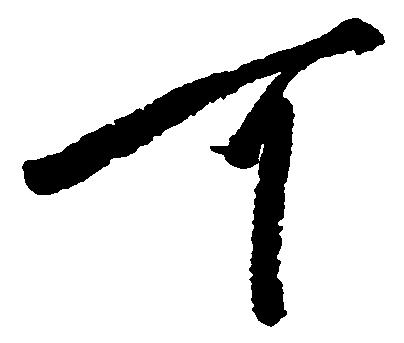
可